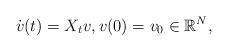
LaTeX: \begin{align*} \dot{v} (t) =X_t v, v(0)=v_0\in \mathbb{R}^N,\end{align*}